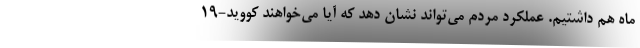
ماه هم داشتیم. عملکرد مردم می‌تواند نشان دهد که آیا می‌خواهند کووید-۱۹